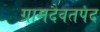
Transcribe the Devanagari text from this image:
ग्रामदैवतपद